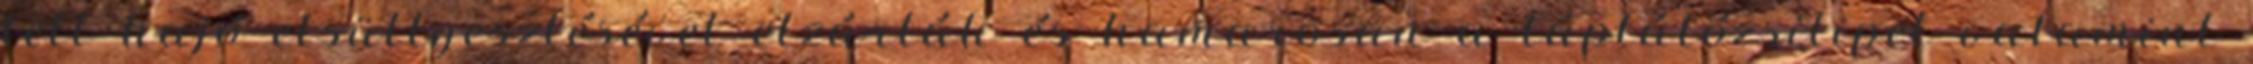
telt hajó elsüllyesztésével elzárták és hamarosan a táplálózsilipet valamint